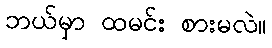
ဘယ်မှာ ထမင်း စားမလဲ။